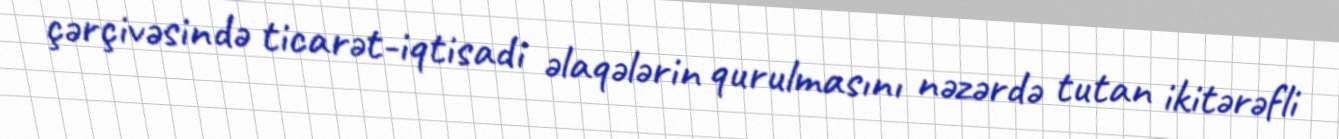
çərçivəsində ticarət-iqtisadi əlaqələrin qurulmasını nəzərdə tutan ikitərəfli